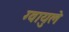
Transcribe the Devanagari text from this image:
ग्वायुले